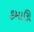
કમાઊ